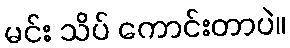
မင်း သိပ် ကောင်းတာပဲ။